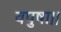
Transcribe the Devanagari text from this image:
वपुषा।।